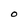
Character: O